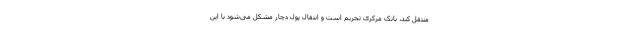
منتقل کند، بانک مرکزی تحریم است و انتقال پول دچار مشکل می‌شود با این